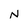
Character: N